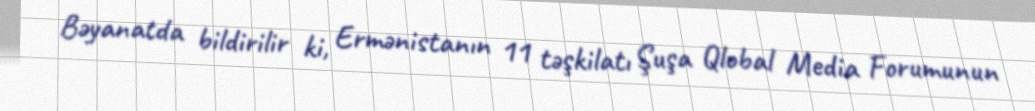
Bəyanatda bildirilir ki, Ermənistanın 11 təşkilatı Şuşa Qlobal Media Forumunun